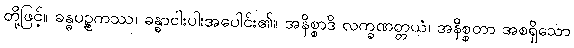
တို့ဖြင့်။ ခန္ဓပဉ္စကဿ၊ ခန္ဓာငါးပါးအပေါင်း၏။ အနိစ္စာဒိ လက္ခဏတ္တယံ၊ အနိစ္စတာ အစရှိသော